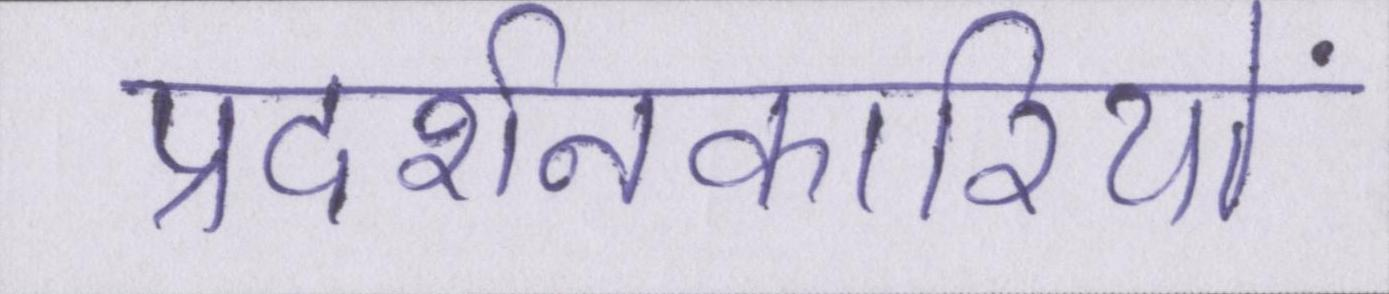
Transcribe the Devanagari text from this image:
प्रदर्शनकारियों